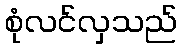
စုံလင်လှသည်